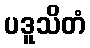
ပဒူသိတံ